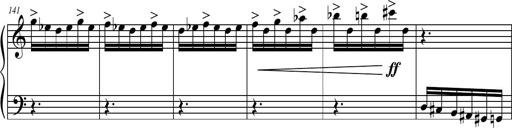
Title: Petite Sonatine
Composer: Richard St. Clair